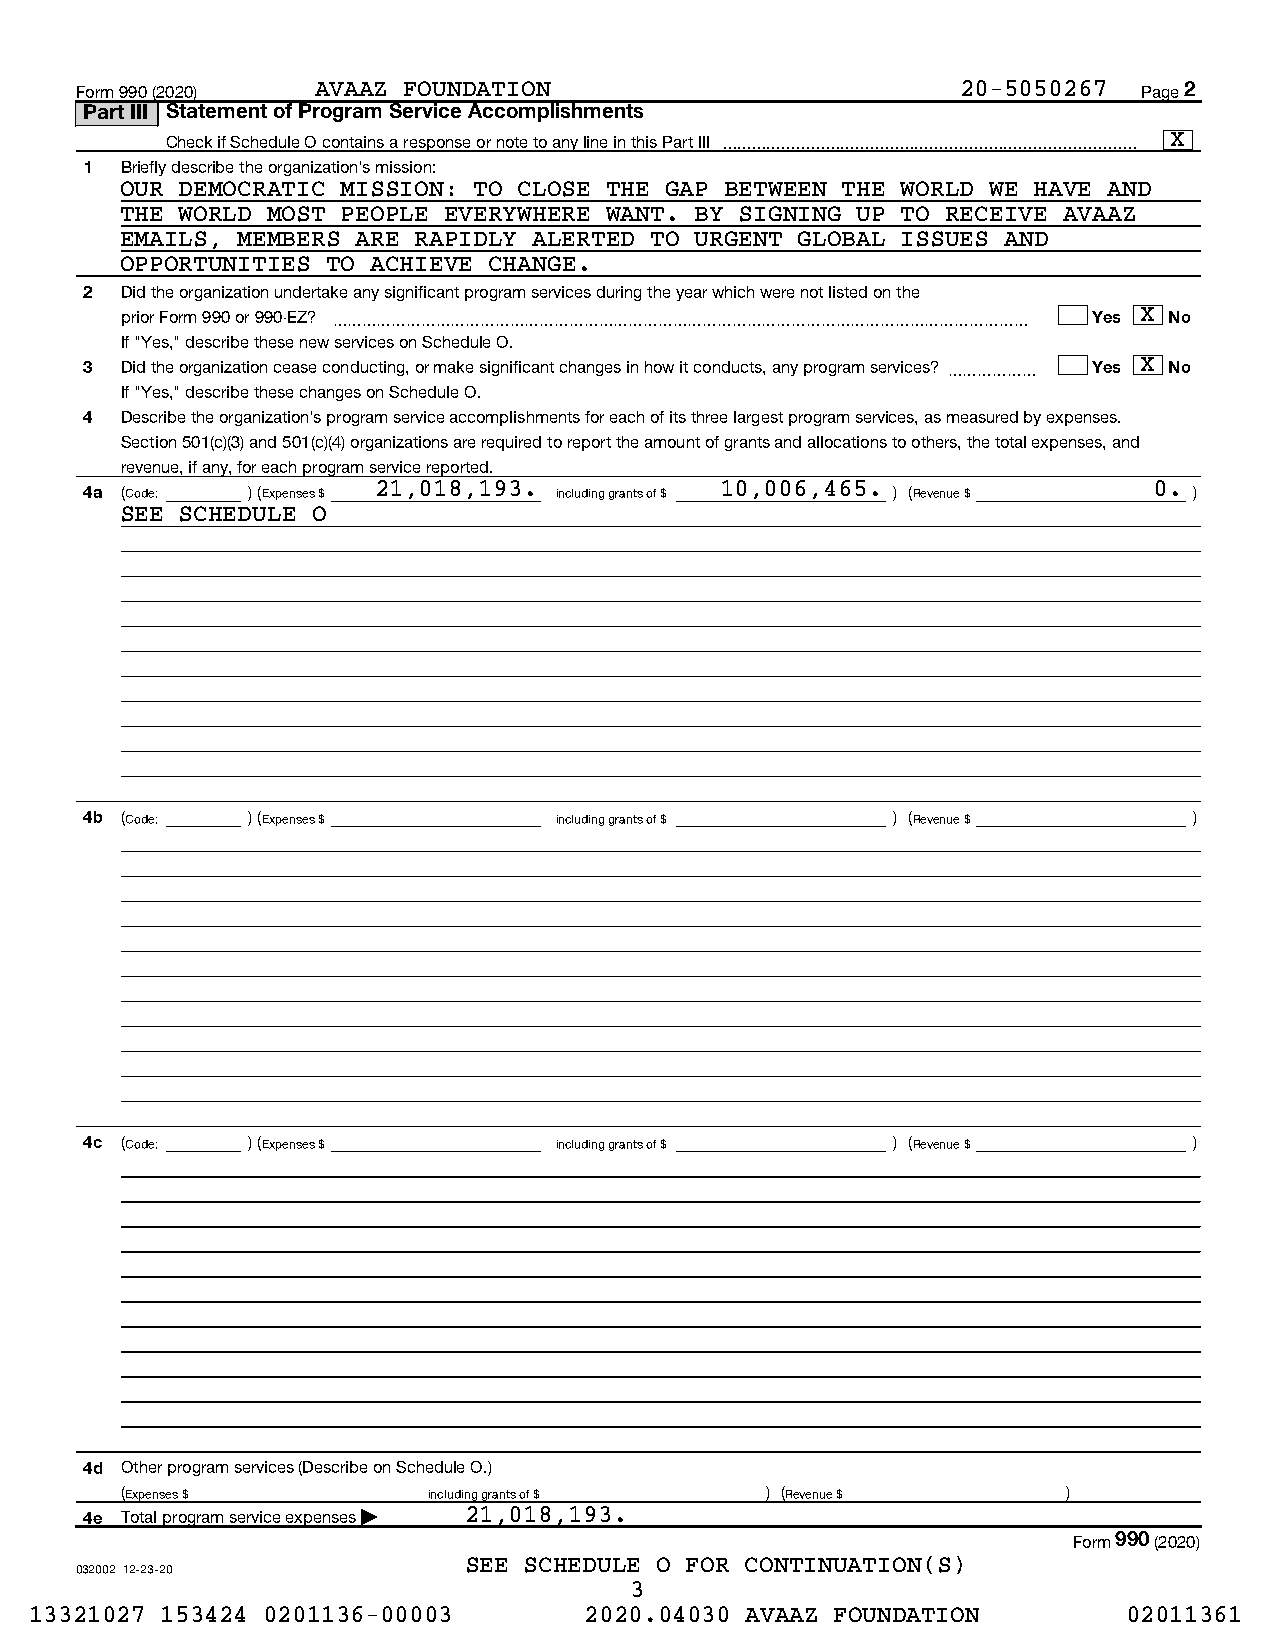
Form 990 (2020) AVAAZ FOUNDATION                           20-5050267  Page 2
 Part III Statement of Program Service Accomplishments
 Check if Schedule O contains a response or note to any line in this Part III  X
 1 Briefly describe the organization's mission:
 OUR DEMOCRATIC MISSION: TO CLOSE THE GAP BETWEEN THE WORLD WE HAVE AND
 THE WORLD MOST PEOPLE EVERYWHERE WANT. BY SIGNING UP TO RECEIVE AVAAZ
 EMAILS, MEMBERS ARE RAPIDLY ALERTED TO URGENT GLOBAL ISSUES AND
 OPPORTUNITIES TO ACHIEVE CHANGE.
 2 Did the organization undertake any significant program services during the year which were not listed on the
 prior Form 990 or 990-EZ? ~~~~~~~~~~~~~~~~~~~~~~~~~~~~~~~~~~~~~~~~~~~~~~~ Yes X No
 If "Yes," describe these new services on Schedule O.
 3 Did the organization cease conducting, or make significant changes in how it conducts, any program services? ~~~~~~ Yes X No
 If "Yes," describe these changes on Schedule O.
 4 Describe the organization's program service accomplishments for each of its three largest program services, as measured by expenses.
 Section 501(c)(3) and 501(c)(4) organizations are required to report the amount of grants and allocations to others, the total expenses, and
 revenue, if any, for each program service reported.
 4a (Code: ) (Expenses $ 21,018,193. including grants of $ 10,006,465. ) (Revenue $ 0. )
 SEE SCHEDULE O
 4b (Code: ) (Expenses $        including grants of $ ) (Revenue $        )
 4c (Code: ) (Expenses $        including grants of $ ) (Revenue $        )
 4d Other program services (Describe on Schedule O.)
 (Expenses $         including grants of $  ) (Revenue $        )
 4e Total program service expenses | 21,018,193.
 Form 990 (2020)
 SEE SCHEDULE O FOR CONTINUATION(S)
 032002 12-23-20
 3
 13321027 153424 0201136-00003        2020.04030 AVAAZ FOUNDATION         02011361